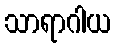
သာရာဂါယ